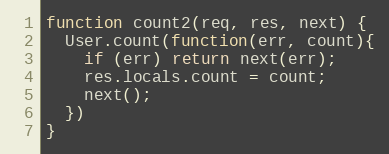
Language: JavaScript
function count2(req, res, next) {
  User.count(function(err, count){
    if (err) return next(err);
    res.locals.count = count;
    next();
  })
}